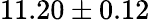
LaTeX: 11.20\pm 0.12